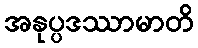
အနုပ္ပဒဿာမာတိ